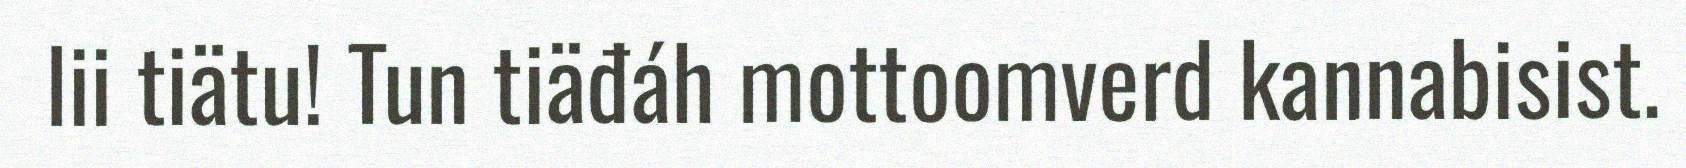
lii tiätu! Tun tiäđáh mottoomverd kannabisist.